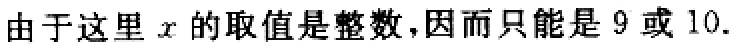
由于这里 \(x\) 的取值是整数,因而只能是 \(9\) 或 \(10\).